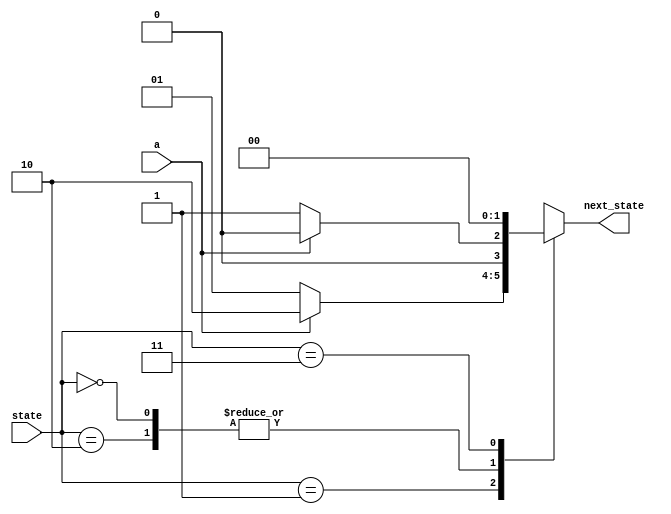
module combinational_cloud
(
    input            a,
    input      [1:0] state,
    output reg [1:0] next_state
);
    always @*
        case (state)
        0:
            if (a)
                next_state = 0;
            else
                next_state = 1;
        1:
            if (a)
                next_state = 2;
            else
                next_state = 1;
        2:
            if (a)
                next_state = 0;
            else
                next_state = 1;
        3:
            next_state = 0;
        endcase
endmodule

module state_register
(
    input            clock,
    input            reset,
    input      [1:0] next_state,
    output reg [1:0] state
);
    always @ (posedge clock)
        if (reset)
            state <= 0;
        else
            state <= next_state;
endmodule

module finite_state_machine_1
(
    input  clock,
    input  reset,
    input  a,
    output y
);
    wire [1:0] state, next_state;

    combinational_cloud i_cc
    (
        .a          ( a          ),
        .state      ( state      ),
        .next_state ( next_state )
    );

    state_register i_sr
    (
        .clock      ( clock      ),
        .reset      ( reset      ),
        .state      ( state      ),
        .next_state ( next_state )
    );

    assign y = (state == 2);

endmodule

module finite_state_machine
(
    input  clock,
    input  reset,
    input  a,
    output y
);
    reg [1:0] state, next_state;

    always @ (posedge clock)
        if (reset)
            state <= 0;
        else
            state <= next_state;

    always @ (a, state)
        case (state)
        0:
            if (a)
                next_state = 0;
            else
                next_state = 1;
        1:
            if (a)
                next_state = 2;
            else
                next_state = 1;
        2:
            if (a)
                next_state = 0;
            else
                next_state = 1;
        3:
            next_state = 0;

        endcase

    assign y = (state == 2);

endmodule